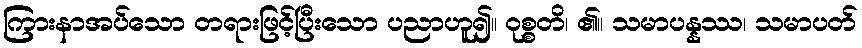
ကြားနာအပ်သော တရားဖြင့်ပြီးသော ပညာဟူ၍။ ဝုစ္စတိ၊ ၏။ သမာပန္နဿ၊ သမာပတ်